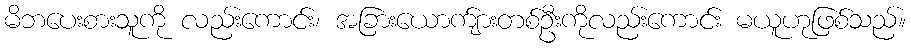
မိဘပေးစားသူကို လည်းကောင်း၊ အခြားယောက်ျားတစ်ဦးကိုလည်းကောင်း မယူဟုဖြစ်သည်။